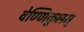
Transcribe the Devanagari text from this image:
वेण्णिकुलम्